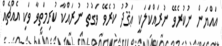
އައްޔަން ނުކުރެވޭ ނުރައްކަލަކީ ޢަޤުދު ކުރެވޭ ވަގުތު ނުރައްކާ ކުރިމަތިވާ ވަކި އެއްޗެއް